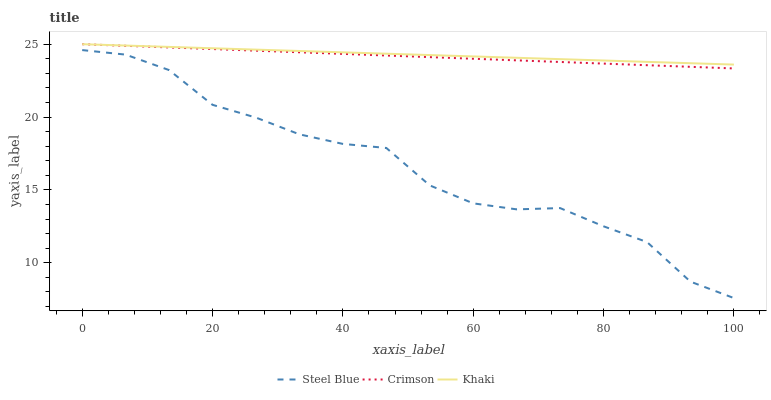
| xaxis_label | Steel Blue | Crimson | Khaki |
 | --- | --- | --- | --- |
 | 0 | 24.6 | 25 | 25 |
 | 6.67 | 24.3 | 24.9 | 24.9 |
 | 13.3 | 23.2 | 24.8 | 24.8 |
 | 20 | 20.8 | 24.7 | 24.7 |
 | 26.7 | 20 | 24.6 | 24.6 |
 | 33.3 | 18.8 | 24.4 | 24.5 |
 | 40 | 18.2 | 24.3 | 24.4 |
 | 46.7 | 17.9 | 24.2 | 24.3 |
 | 53.3 | 15.3 | 24.1 | 24.3 |
 | 60 | 14.1 | 24 | 24.2 |
 | 66.7 | 13.7 | 23.9 | 24.1 |
 | 73.3 | 13.7 | 23.8 | 24 |
 | 80 | 12.5 | 23.7 | 23.9 |
 | 86.7 | 11.4 | 23.6 | 23.8 |
 | 93.3 | 8.7 | 23.4 | 23.7 |
 | 100 | 7.57 | 23.3 | 23.6 |